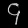
Digit: ၄